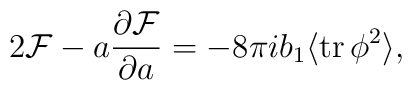
2{\cal F}-a{\partial{\cal F}\over \partial a} =-8\pi ib_1\langle{\rm tr}\, \phi^2\rangle,